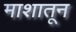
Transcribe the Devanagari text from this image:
माशातून